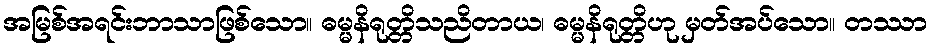
အမြစ်အရင်းဘာသာဖြစ်သော။ ဓမ္မနိရုတ္တိသညိတာယ၊ ဓမ္မနိရုတ္တိဟု မှတ်အပ်သော။ တဿာ